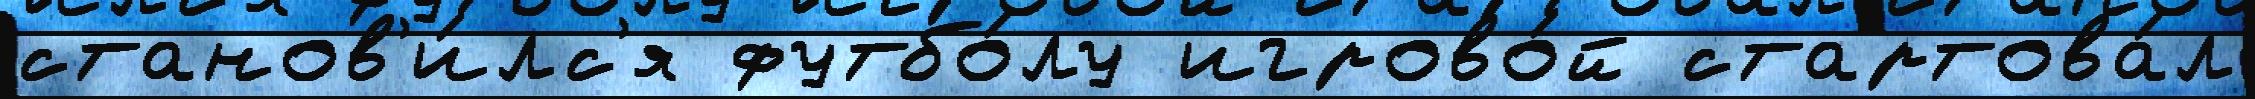
станов'и́лс'я футбо́лу игрово́й стартова́л